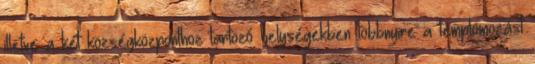
illetve a két községközponthoz tartozó helységekben többnyire a templomozást